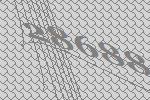
28688